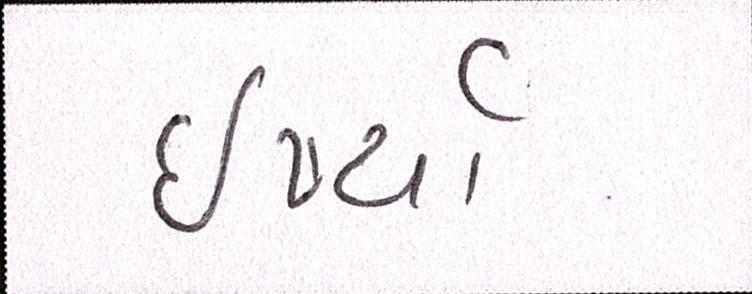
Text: ઈર્ષ્યા